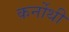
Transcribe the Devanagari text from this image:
कर्नोथी